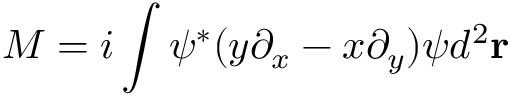
{ \cal M } = i \int \psi ^ { * } ( y \partial _ { x } - x \partial _ { y } ) \psi d ^ { 2 } \mathbf { r }